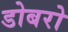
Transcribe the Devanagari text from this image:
डोबरो